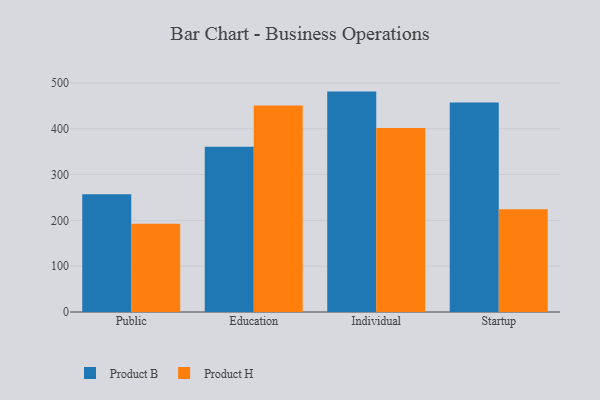
{"axis": {"x": "Segment", "y": "Gross Profit (USD K)"}, "legend": ["Product B", "Product H"], "data": [{"x": "Public", "y": 257.2, "type": "Product B"}, {"x": "Public", "y": 192.8, "type": "Product H"}, {"x": "Education", "y": 360.6, "type": "Product B"}, {"x": "Education", "y": 450.4, "type": "Product H"}, {"x": "Individual", "y": 481.0, "type": "Product B"}, {"x": "Individual", "y": 401.6, "type": "Product H"}, {"x": "Startup", "y": 457.4, "type": "Product B"}, {"x": "Startup", "y": 224.3, "type": "Product H"}]}